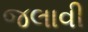
જલાવી